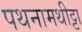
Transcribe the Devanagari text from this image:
पथनामथीट्टा